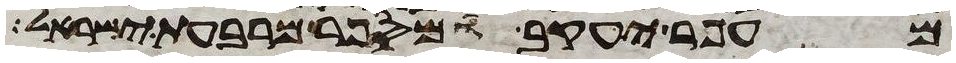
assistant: עפר יעקב ומי ספר מרבע ישראל